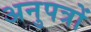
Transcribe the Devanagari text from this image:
अनुपत्रों